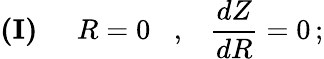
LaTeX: {\mathbf{(I)}}\; \; \; \; \; R=0\; \; \; ,\; \; \; \frac{dZ}{dR}=0\, ;